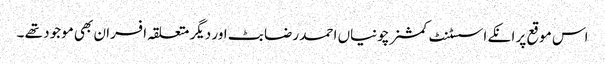
اس موقع پر انکے اسسٹنٹ کمشنر چونیاں احمد رضا بٹ اور دیگر متعلقہ افسران بھی موجود تھے ۔